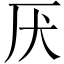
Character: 厌